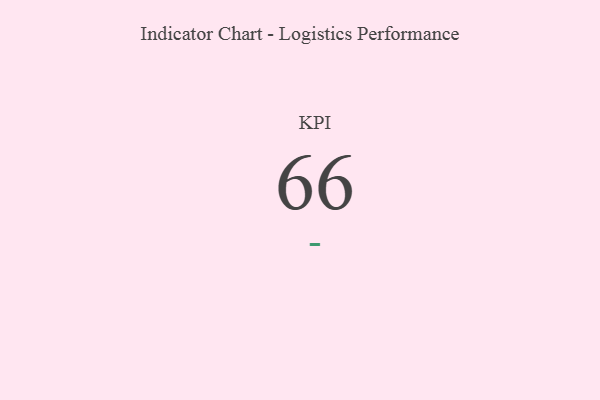
{"axis": {"x": "KPI", "y": "Value"}, "legend": [""], "data": [{"x": "KPI", "y": 66, "type": ""}]}